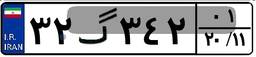
۱۲گ۹۷۵۱۱